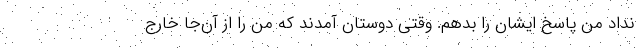
نداد من پاسخ ایشان را بدهم. وقتی دوستان آمدند که من را از آن‌جا خارج